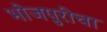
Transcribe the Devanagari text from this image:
भोजपुरीचा